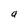
Character: a